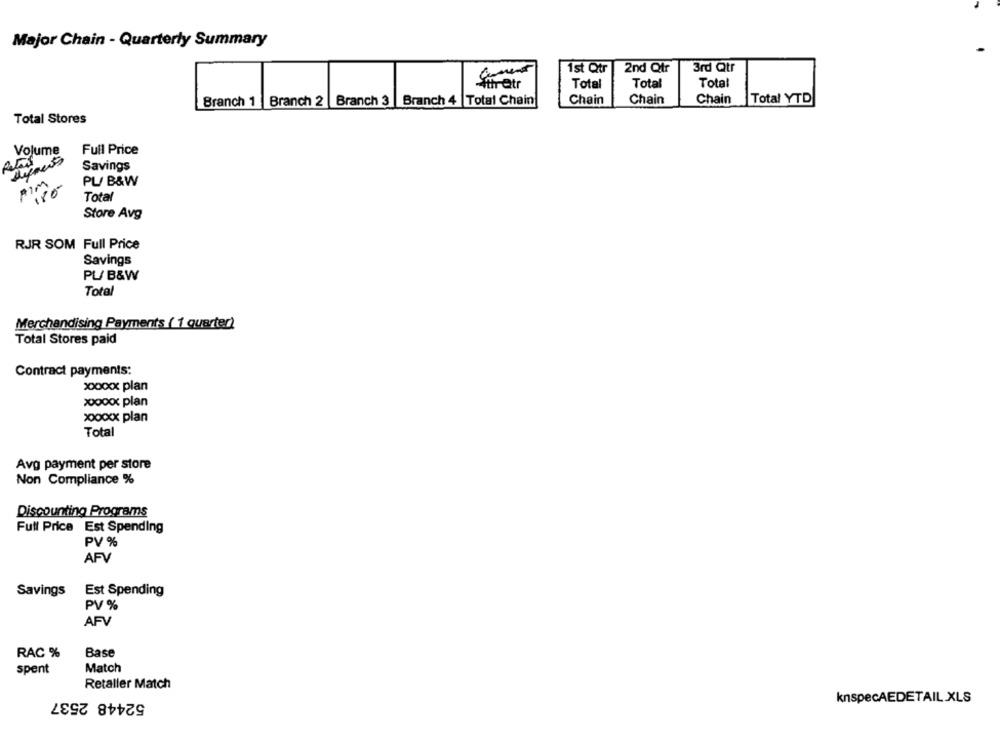
Major Chain - Quarterly Summary
1st Qtr
2nd Qtr
3rd Qtr
Siret
Total
Total
Total
Branch 1 Branch 2 |Branch 3 |Branch 4 |Total Chain
Chain
Chain
Chain
Total YTD
Total Stores
Volume
Full Price
Savings
AIM
PL/ B&W
180
Total
Store Avg
RJR SOM Full Price
Savings
PL/ B&W
Total
Merchandising Payments ( 1 quarter)
Total Stores paid
Contract payments:
xxxxxx plan
xoooxxxx plan
xxxxxxx plan
Total
Avg payment per store
Non Compliance %
Discounting Programs
Full Price Est Spending
PV %
AFV
Savings
Est Spending
PV %
AFV
RAC %
Base
Match
spent
Retaller Match
52448 2537
knspecAEDETAIL .XLS